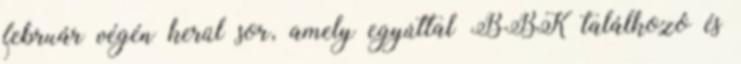
február végén kerül sor, amely egyúttal BBK találkozó és